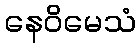
နေဝိမေသံ